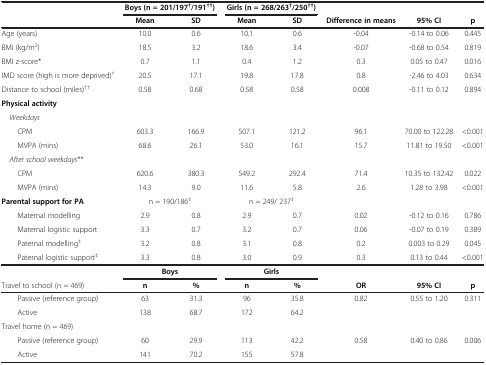
<table><thead><tr><td><b> </b></td><td colspan="2"><b>Boys (n = 201/197<sup>†</sup>/191<sup>††</sup>)</b></td><td colspan="2"><b>Girls (n = 268/263<sup>†</sup>/250<sup>††</sup>)</b></td><td><b> </b></td><td><b> </b></td><td><b> </b></td></tr><tr><td><b> </b></td><td><b>Mean</b></td><td><b>SD</b></td><td><b>Mean</b></td><td><b>SD</b></td><td><b>Difference in means</b></td><td><b>95% CI</b></td><td><b>p</b></td></tr></thead><tbody><tr><td>Age (years)</td><td>10.0</td><td>0.6</td><td>10.1</td><td>0.6</td><td>-0.04</td><td>-0.14 to 0.06</td><td>0.445</td></tr><tr><td>BMI (kg/m<sup>2</sup>)</td><td>18.5</td><td>3.2</td><td>18.6</td><td>3.4</td><td>-0.07</td><td>-0.68 to 0.54</td><td>0.819</td></tr><tr><td>BMI z-score*</td><td>0.7</td><td>1.1</td><td>0.4</td><td>1.2</td><td>0.3</td><td>0.05 to 0.47</td><td>0.016</td></tr><tr><td>IMD score (high is more deprived)<sup>†</sup></td><td>20.5</td><td>17.1</td><td>19.8</td><td>17.8</td><td>0.8</td><td>-2.46 to 4.03</td><td>0.634</td></tr><tr><td>Distance to school (miles)<sup>††</sup></td><td>0.58</td><td>0.68</td><td>0.58</td><td>0.58</td><td>0.008</td><td>-0.11 to 0.12</td><td>0.894</td></tr><tr><td><b>Physical activity</b></td><td> </td><td> </td><td> </td><td> </td><td> </td><td> </td><td> </td></tr><tr><td><i> Weekdays</i></td><td> </td><td> </td><td> </td><td> </td><td> </td><td> </td><td> </td></tr><tr><td>CPM</td><td>603.3</td><td>166.9</td><td>507.1</td><td>121.2</td><td>96.1</td><td>70.00 to 122.28</td><td>&lt;0.001</td></tr><tr><td>MVPA (mins)</td><td>68.6</td><td>26.1</td><td>53.0</td><td>16.1</td><td>15.7</td><td>11.81 to 19.50</td><td>&lt;0.001</td></tr><tr><td><i> After school weekdays</i>**</td><td> </td><td> </td><td> </td><td> </td><td> </td><td> </td><td> </td></tr><tr><td>CPM</td><td>620.6</td><td>380.3</td><td>549.2</td><td>292.4</td><td>71.4</td><td>10.35 to 132.42</td><td>0.022</td></tr><tr><td>MVPA (mins)</td><td>14.3</td><td>9.0</td><td>11.6</td><td>5.8</td><td>2.6</td><td>1.28 to 3.98</td><td>&lt;0.001</td></tr><tr><td><b>Parental support for PA</b></td><td colspan="2">n = 190/186<sup>‡</sup></td><td colspan="2">n = 249/ 237<sup>‡</sup></td><td> </td><td> </td><td> </td></tr><tr><td>Maternal modelling</td><td>2.9</td><td>0.8</td><td>2.9</td><td>0.7</td><td>0.02</td><td>-0.12 to 0.16</td><td>0.786</td></tr><tr><td>Maternal logistic support</td><td>3.3</td><td>0.7</td><td>3.2</td><td>0.7</td><td>0.06</td><td>-0.07 to 0.19</td><td>0.389</td></tr><tr><td>Paternal modelling<sup>‡</sup></td><td>3.2</td><td>0.8</td><td>3.1</td><td>0.8</td><td>0.2</td><td>0.003 to 0.29</td><td>0.045</td></tr><tr><td>Paternal logistic support<sup>‡</sup></td><td>3.3</td><td>0.8</td><td>3.0</td><td>0.9</td><td>0.3</td><td>0.13 to 0.44</td><td>&lt;0.001</td></tr><tr><td> </td><td colspan="2"><b>Boys</b></td><td colspan="2"><b>Girls</b></td><td> </td><td> </td><td> </td></tr><tr><td>Travel to school (n = 469)</td><td><b>n</b></td><td><b>%</b></td><td><b>n</b></td><td><b>%</b></td><td><b>OR</b></td><td><b>95% </b><b>CI</b></td><td><b>p</b></td></tr><tr><td>Passive (reference group)</td><td>63</td><td>31.3</td><td>96</td><td>35.8</td><td rowspan="2">0.82</td><td rowspan="2">0.55 to 1.20</td><td rowspan="2">0.311</td></tr><tr><td>Active</td><td>138</td><td>68.7</td><td>172</td><td>64.2</td></tr><tr><td>Travel home (n = 469)</td><td> </td><td> </td><td> </td><td> </td><td> </td><td> </td><td> </td></tr><tr><td>Passive (reference group)</td><td>60</td><td>29.9</td><td>113</td><td>42.2</td><td rowspan="2">0.58</td><td rowspan="2">0.40 to 0.86</td><td rowspan="2">0.006</td></tr><tr><td>Active</td><td>141</td><td>70.2</td><td>155</td><td>57.8</td></tr></tbody></table>